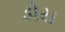
ડોય